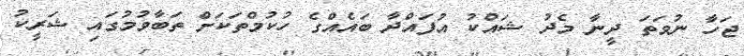
ޖަހާ ނުވަތަ ދީނާ މެދު ޝައްކު އުފައްދާ ބައެއްގެ ހުކުމްތަކަށް ތަބާވުމުގައި ޝަރީކު